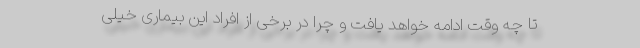
تا چه وقت ادامه خواهد یافت و چرا در برخی از افراد این بیماری خیلی